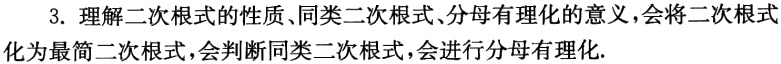
3. 理解二次根式的性质、同类二次根式、分母有理化的意义，会将二次根式化为最简二次根式，会判断同类二次根式，会进行分母有理化.